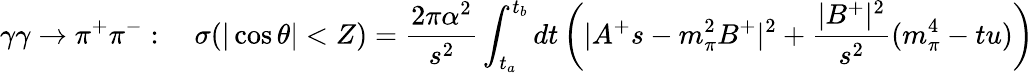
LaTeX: \gamma\gamma\rightarrow\pi^{+}\pi^{-}:\quad\sigma(|\cos\theta|<Z)={\frac{2\pi\alpha^{2}}{s^{2}}}\int_{t_{a}}^{t_{b}}dt\left(|A^{+}s-m_{\pi}^{2}B^{+}|^{2}+{\frac{|B^{+}|^{2}}{s^{2}}}(m_{\pi}^{4}-tu)\right)